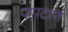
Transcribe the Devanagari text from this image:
पापटाण